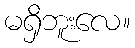
မရှိဘူးလေ။